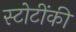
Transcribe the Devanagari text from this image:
स्टोटींकी